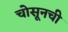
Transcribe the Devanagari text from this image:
चोसूनची